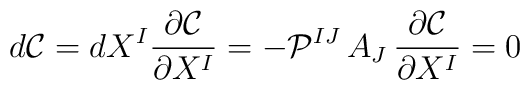
d\mathcal{C}=dX^{I}\frac{\partial \mathcal{C}}{\partial X^{I}}=-\mathcal{P}^{IJ}\, A_{J}\, \frac{\partial \mathcal{C}}{\partial X^{I}}=0